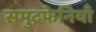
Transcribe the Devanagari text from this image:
समुद्रफेनियाँ